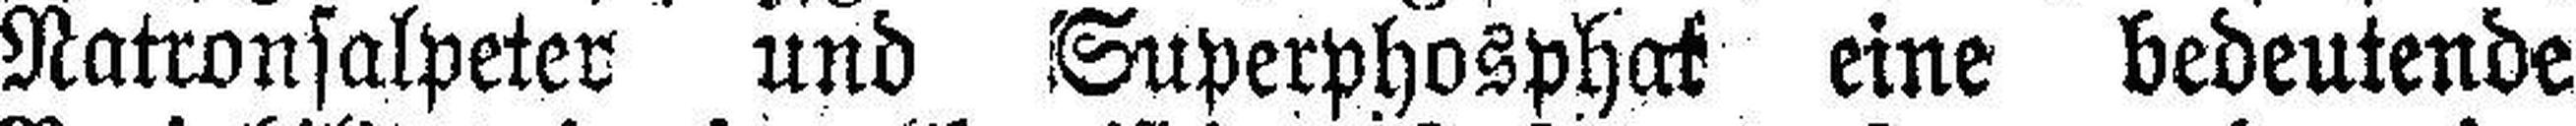
Natronsalpeter und Superphosphat eine bedeutende